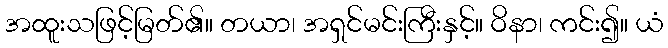
အထူးသဖြင့်မြတ်၏။ တယာ၊ အရှင်မင်းကြီးနှင့်။ ဝိနာ၊ ကင်း၍။ ယံ